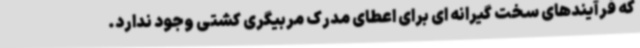
که فرآیندهای سخت گیرانه ای برای اعطای مدرک مربیگری کشتی وجود ندارد.